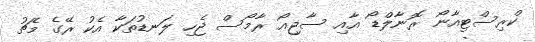
ކްރިސްޓިއާނޯ ރޮނާލްޑޯ އާއި ސާޖިއޯ ރާމޯސް ޖެހި ލަނޑުތަކާ އެކު ރޭގެ މެޗު